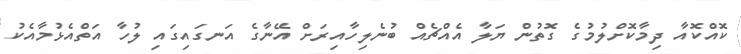
ކޮއްކޮއާ ދިމާކޮށްލުމުގެ ގޮތުން ޔަލާ އެއްޗެއް ބުނެލިހާއިރަށް އޭނާގެ އަނގައިގައި ލުހާ އަތްއެޅުމާއެކު